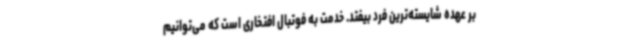
بر عهده شایسته‌ترین فرد بیفتد. خدمت به فوتبال افتخاری است که می‌توانیم